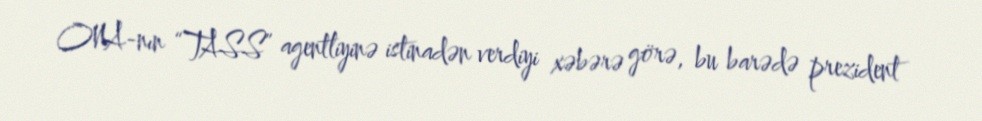
ONA-nın “TASS” agentliyinə istinadən verdiyi xəbərə görə, bu barədə prezident